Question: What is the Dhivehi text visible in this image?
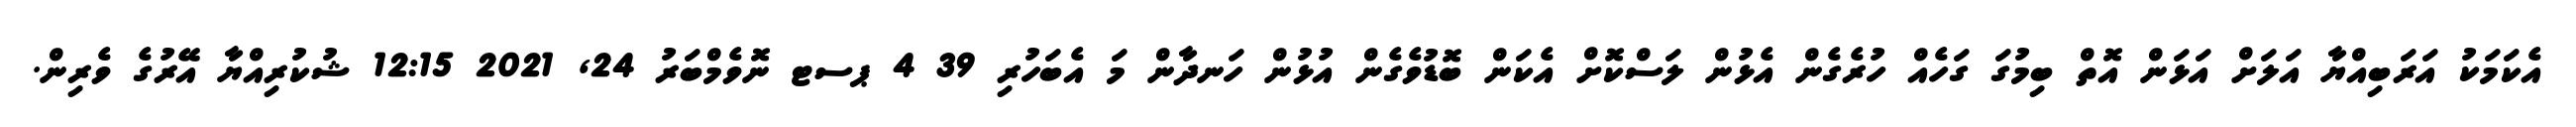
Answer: އެކަމަކު އަރަބިއްޔާ އަލަށް އަޅަން އޮތް ބިމުގަ ގަހެއް ހުރެގެން އެޅުން ލަސްކޮށް އެކަން ބޮޑުވެގެން އުޅުން ހަނދާން މަ އެބަހުރި 39 4 ޕސޓ ނޮވެމްބަރު 24, 2021 12:15 ޝުކުރިއްޔާ އޭރުގެ ވެރިން.